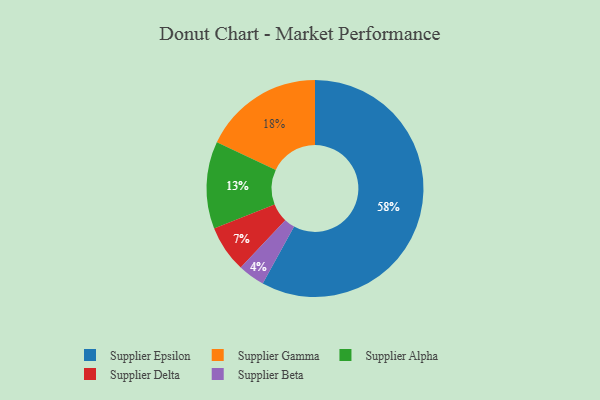
{"axis": {"x": "Category", "y": "Percentage"}, "legend": ["Supplier Alpha", "Supplier Beta", "Supplier Delta", "Supplier Epsilon", "Supplier Gamma"], "data": [{"x": "Supplier Epsilon", "y": 58, "type": "Supplier Epsilon"}, {"x": "Supplier Beta", "y": 4, "type": "Supplier Beta"}, {"x": "Supplier Gamma", "y": 18, "type": "Supplier Gamma"}, {"x": "Supplier Alpha", "y": 13, "type": "Supplier Alpha"}, {"x": "Supplier Delta", "y": 7, "type": "Supplier Delta"}]}